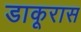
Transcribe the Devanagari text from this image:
डाकूरास